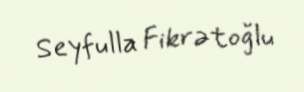
Seyfulla Fikrətoğlu